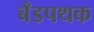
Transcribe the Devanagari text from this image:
बँडपथक